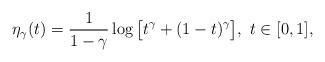
LaTeX: \begin{align*}\eta_\gamma(t) = \frac{1}{1-\gamma} \log\big[t^\gamma+(1-t)^\gamma\big],\ t\in [0,1], \end{align*}